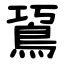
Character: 䲾